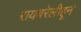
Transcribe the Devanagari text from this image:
रायबरेलीहून